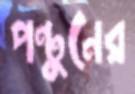
পন্টুনের